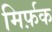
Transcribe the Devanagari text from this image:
मिर्फ़क